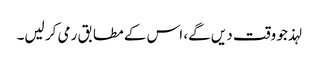
لہذ جو وقت دیں گے، اس کے مطابق رمی کر لیں۔